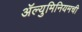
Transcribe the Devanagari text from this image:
ॲल्युमिनियमची